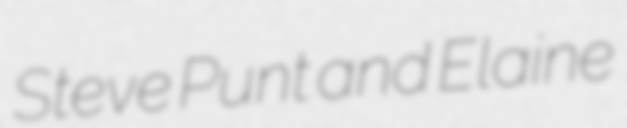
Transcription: Steve Punt and Elaine